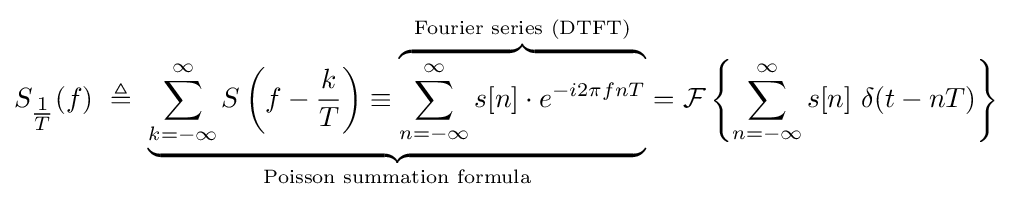
S_{\tfrac {1}{T}}(f)\ \triangleq \ \underbrace {\sum _{k=-\infty }^{\infty }S\left(f-{\frac {k}{T}}\right)\equiv \overbrace {\sum _{n=-\infty }^{\infty }s[n]\cdot e^{-i2\pi fnT}} ^{\text{Fourier series (DTFT)}}} _{\text{Poisson summation formula}}={\mathcal {F}}\left\{\sum _{n=-\infty }^{\infty }s[n]\ \delta (t-nT)\right\}